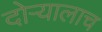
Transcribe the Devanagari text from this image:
दोऱ्यालाच